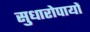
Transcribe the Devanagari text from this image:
सुधारोपायों